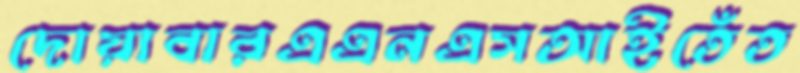
দোয়াবারএএনএসআইতেঁত